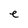
Character: e